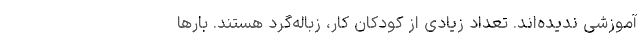
آموزشی ندیده‌اند. تعداد زیادی از کودکان کار، زباله‌گرد هستند. بارها